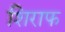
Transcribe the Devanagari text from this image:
शिराफ